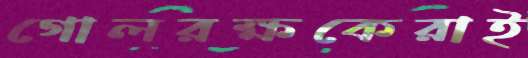
গোলরক্ষকেরাই